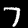
Digit: 7